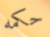
حكمه